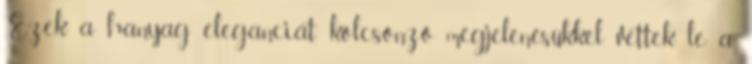
Ezek a hanyag eleganciát kölcsönző megjelenésükkel vettek le a